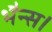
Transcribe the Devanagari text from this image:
भैन्स।